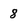
Character: 8